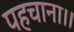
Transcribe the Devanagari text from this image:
पहचाना।।